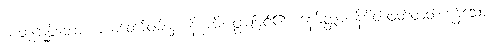
မာတုကုစ္ဆိတော၊ မယ်တော်ဝမ်းမှ။ နိက္ခမိ၊ ဖွားမြင်၏။ နေမိတ္တာ၊ နိမိတ်ဖတ်တတ်ကုန်သော